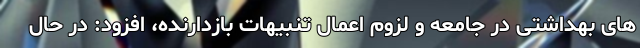
های بهداشتی در جامعه و لزوم اعمال تنبیهات بازدارنده، افزود: در حال